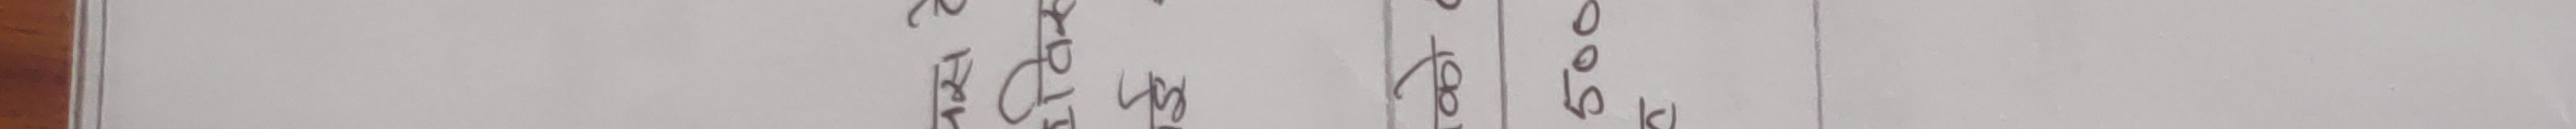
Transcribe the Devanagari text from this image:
२ ९०
प्रत ५००
४५ १०